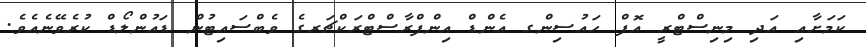
ކަމަށާއި އަދި މިނިސްޓްރީ އޮފް ހައުސިންގ އެންޑް އިންފްރާސްޓްރަކްޗަރގެ ވެބްސައިޓުން ޑައުންލޯޑް ކުރެވޭނެއެވެ.